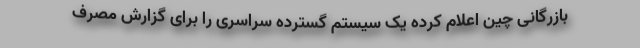
بازرگانی چین اعلام کرده یک سیستم گسترده سراسری را برای گزارش مصرف